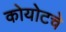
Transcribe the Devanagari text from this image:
कोयोटचे